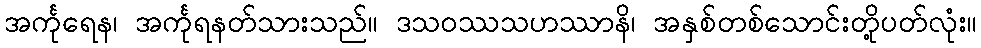
အင်္ကုရေန၊ အင်္ကုရနတ်သားသည်။ ဒသဝဿသဟဿာနိ၊ အနှစ်တစ်သောင်းတို့ပတ်လုံး။